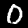
Label: 0